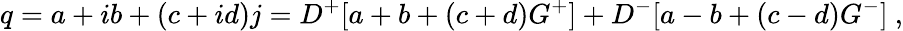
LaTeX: q=a+ib+(c+id)j=D^{+}[a+b+(c+d)G^{+}]+D^{-}[a-b+(c-d)G^{-}]~,